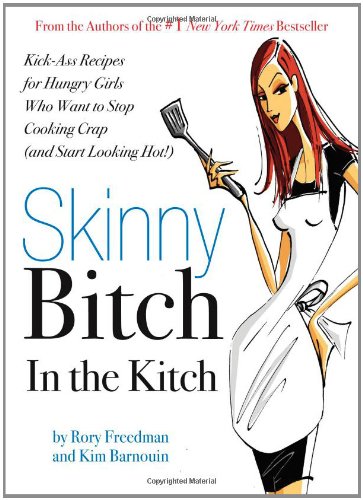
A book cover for Skinny Bitch in the Kitch: Kick-Ass Recipes for Hungry Girls Who Want to Stop Cooking Crap (and Start Looking Hot!); Rory Freedman; Health, Fitness & Dieting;